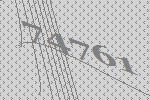
74761